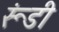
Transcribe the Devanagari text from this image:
रूंडी